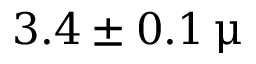
3 . 4 \pm 0 . 1 \, \upmu